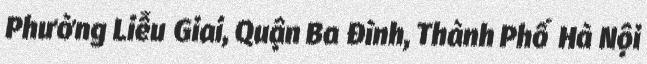
Phường Liễu Giai, Quận Ba Đình, Thành Phố Hà Nội